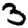
Digit: 3